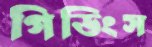
গিডিংস